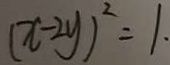
( x - 2 y ) ^ { 2 } = 1 .